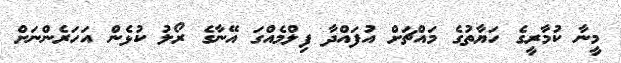
މީނާ ކުމާރީގެ ހަޔާތުގެ މައްޗަށް އުފައްދާ ފިލްމެއްގަ އޭނާގެ ރޯލު ކުޅެން އަހަރެންނަށް